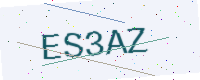
Text: ES3AZ